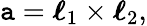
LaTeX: \boldsymbol{\mathtt{a}}=\boldsymbol{\ell}_{1}\times\boldsymbol{\ell}_{2},